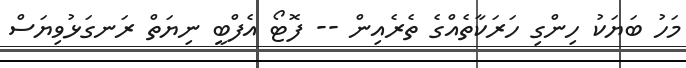
މަހު ބަޔަކު ހިންގި ހަރަކާތެއްގެ ތެރެއިން -- ފޮޓޯ އެފްބީ ނިޔަތް ރަނގަޅުވިޔަސް